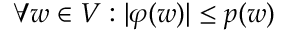
\forall w \in V : | \varphi ( w ) | \leq p ( w )